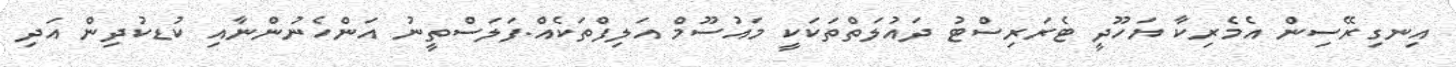
އިނގިރޭސިން އެމެރިކާ ޔަހޫދީ ޓެރަރިސްޓު ދައުލަތްތަކަކީ މައުސޫމް އަލިފްތަކެއް.ފަލަސްތީނު އަންހެނުންނާއި ކުޑކުދިން އަދި